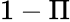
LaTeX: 1-\Pi